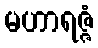
မဟာရဇ္ဇံ